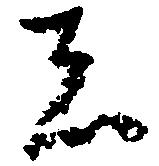
者